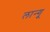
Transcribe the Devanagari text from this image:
लान्गू